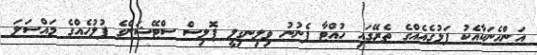
އަންހެނަކާއެކު ފަޅުގެއެއްގެ ތެރޭގައި ހުއްޓާ ފެނުނު ވިލިނގިލީ ޕޮލިސް ސްޓޭޝަންގެ ފުލުހެއްގެ މައްސަލަ